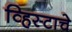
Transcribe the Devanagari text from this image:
व्हिस्टाचे